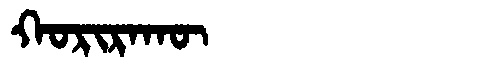
Manchu: ᡴᠣᡵᡳᡵᠠᡴᡡ
Romanization: KORIRAKŪ